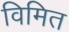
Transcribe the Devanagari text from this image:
विमित